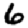
Digit: 6